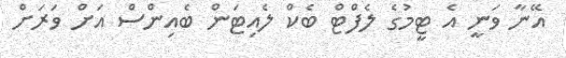
އޭނާ ވަނީ އެ ޓީމުގެ ލެފްޓް ބެކް ލެއިޓަން ބެއިންސް އަށް ވަރަށް